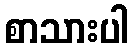
စာသားပါ